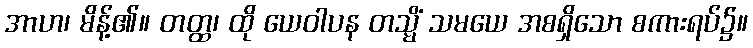
အာဟ၊ မိန့်၏။ တတ္ထ၊ ထို ယေဝါပန တသ္မိံ သမယေ အစရှိသော စကားရပ်၌။